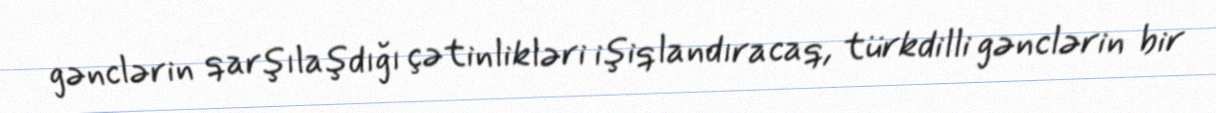
gənclərin qarşılaşdığı çətinlikləri işiqlandıracaq, türkdilli gənclərin bir